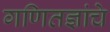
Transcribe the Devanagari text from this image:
गणितज्ञांचे